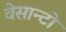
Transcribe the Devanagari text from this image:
वेसान्टो